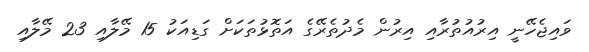
ވައިޖެހޭނީ އިރުއުތުރާއި އިރުން މެދުތެރޭގެ އަތޮޅުތަކަށް ގަޑިއަކު 15 މޭލާއި 23 މޭލާއި